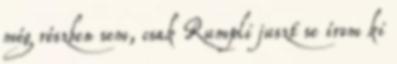
még részben sem, csak Rumpli juszt se írom ki